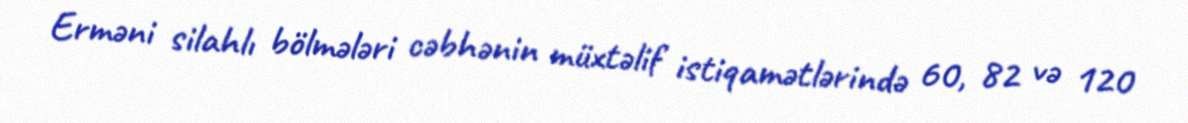
Erməni silahlı bölmələri cəbhənin müxtəlif istiqamətlərində 60, 82 və 120